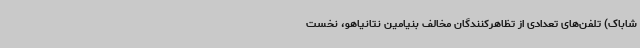
شاباک) تلفن‌های تعدادی از تظاهرکنندگان مخالف بنیامین نتانیاهو، نخست